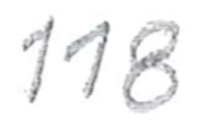
Text: 118
Cross-out: clean
Writing tool: pencil